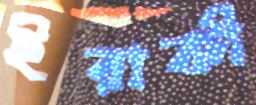
ইরাকী